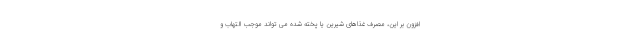
افزون بر این، مصرف غذاهای شیرین یا پخته شده می تواند موجب التهاب و